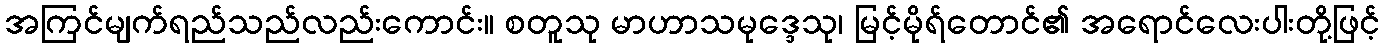
အကြင်မျက်ရည်သည်လည်းကောင်း။ စတူသု မာဟာသမုဒ္ဒေသု၊ မြင့်မိုရ်တောင်၏ အရောင်လေးပါးတို့ဖြင့်